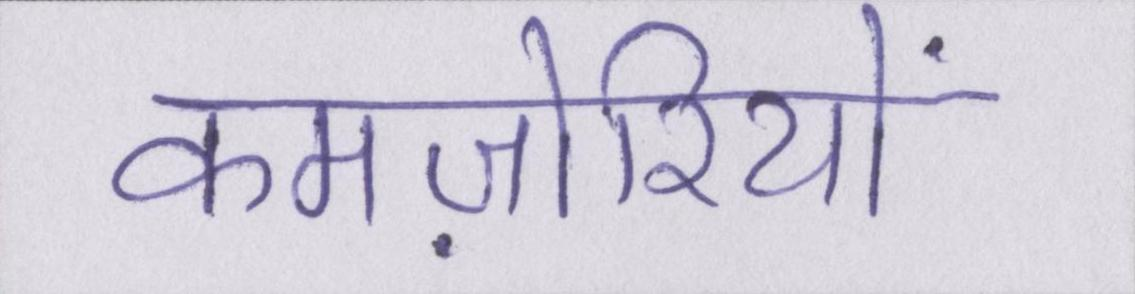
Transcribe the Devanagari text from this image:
कमज़ोरियों